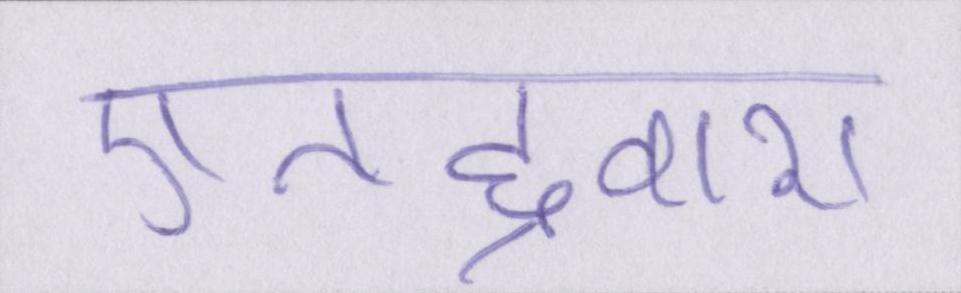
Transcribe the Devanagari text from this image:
एतद्द्वारा